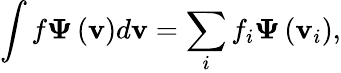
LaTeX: \int{f{\boldsymbol{\Psi}}\left({\mathbf{v}}\right)}d{\mathbf{v}}=\sum_{i}{{f_{i}}{\boldsymbol{\Psi}}\left({{{\mathbf{v}}_{i}}}\right)},